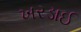
ખરડાઈ